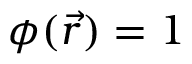
\phi ( \vec { r } ) = 1